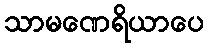
သာမဏေရိယာပေ